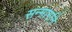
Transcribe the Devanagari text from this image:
सन्मार्गाने